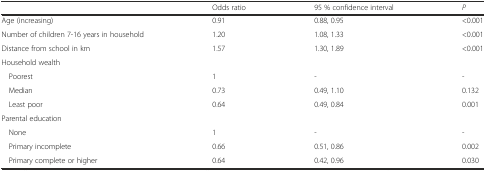
<table><thead><tr><td></td><td><b>Odds ratio</b></td><td><b>95 % confidence interval</b></td><td><b><i>P</i></b></td></tr></thead><tbody><tr><td>Age (increasing)</td><td>0.91</td><td>0.88, 0.95</td><td>&lt;0.001</td></tr><tr><td>Number of children 7-16 years in household</td><td>1.20</td><td>1.08, 1.33</td><td>&lt;0.001</td></tr><tr><td>Distance from school in km</td><td>1.57</td><td>1.30, 1.89</td><td>&lt;0.001</td></tr><tr><td>Household wealth</td><td></td><td></td><td></td></tr><tr><td> Poorest</td><td>1</td><td>-</td><td>-</td></tr><tr><td> Median</td><td>0.73</td><td>0.49, 1.10</td><td>0.132</td></tr><tr><td> Least poor</td><td>0.64</td><td>0.49, 0.84</td><td>0.001</td></tr><tr><td>Parental education</td><td></td><td></td><td></td></tr><tr><td> None</td><td>1</td><td>-</td><td>-</td></tr><tr><td> Primary incomplete</td><td>0.66</td><td>0.51, 0.86</td><td>0.002</td></tr><tr><td> Primary complete or higher</td><td>0.64</td><td>0.42, 0.96</td><td>0.030</td></tr></tbody></table>